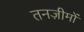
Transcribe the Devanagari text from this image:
तनज़ीमों